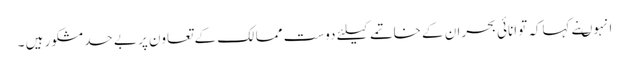
انہوںنے کہاکہ توانائی بحران کے خاتمے کیلئے دوست ممالک کے تعاون پر بے حد مشکور ہیں ۔